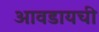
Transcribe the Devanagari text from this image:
आवडायची